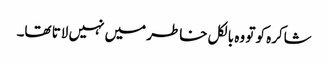
شاکرہ کو تو وہ بالکل خاطر میں نہیں لاتا تھا۔